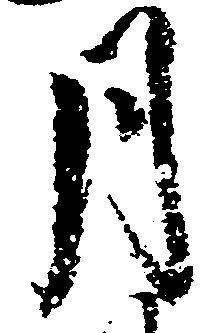
月